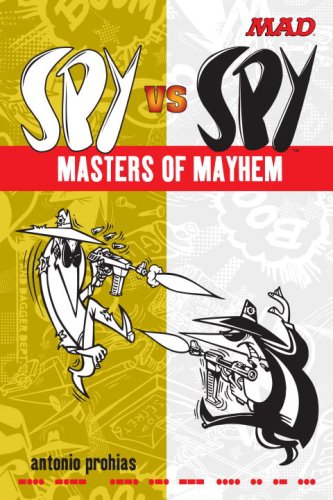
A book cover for Spy vs Spy Masters of Mayhem (Mad); Antonio Prohias; Comics & Graphic Novels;